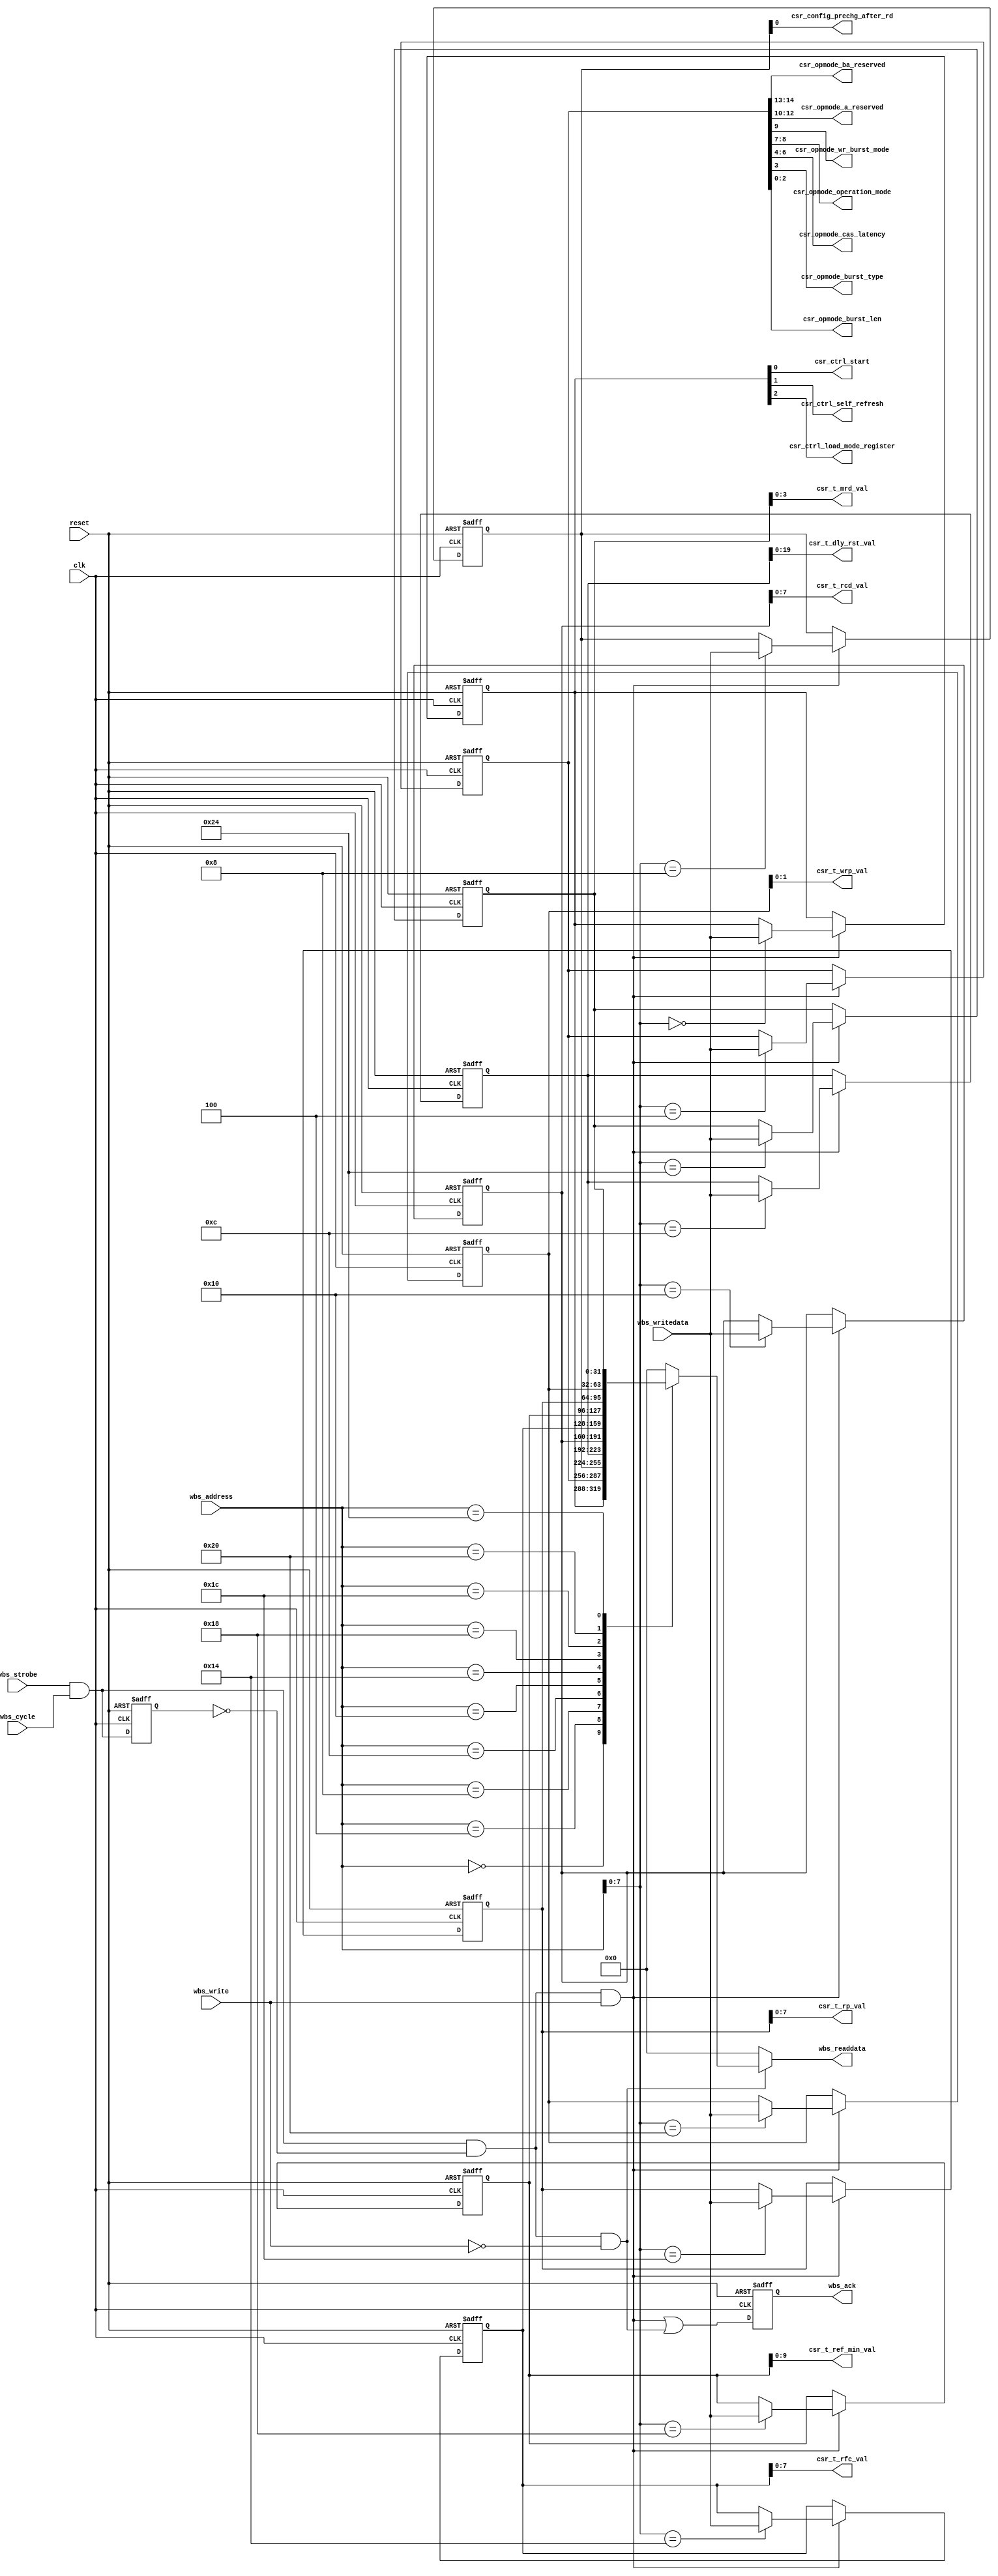
module sdram_csr#(parameter AW = 16)
(
    input                 clk           ,
    input                 reset         ,
                          
    input  [AW-1:0]       wbs_address   ,
    input  [31:0]         wbs_writedata ,
    output reg [31:0]     wbs_readdata  ,
    input                 wbs_strobe    ,
    input                 wbs_cycle     ,
    input                 wbs_write     ,
    output reg            wbs_ack       ,

    // CSR
    output [0:0] csr_ctrl_start,
    output [0:0] csr_ctrl_self_refresh,
    output [0:0] csr_ctrl_load_mode_register ,
    output [1:0] csr_opmode_ba_reserved,
    output [2:0] csr_opmode_a_reserved,
    output [0:0] csr_opmode_wr_burst_mode,
    output [1:0] csr_opmode_operation_mode,
    output [2:0] csr_opmode_cas_latency,
    output [0:0] csr_opmode_burst_type,
    output [2:0] csr_opmode_burst_len,

    output [0:0] csr_config_prechg_after_rd,

    output [19:0] csr_t_dly_rst_val,
    output [ 7:0] csr_t_rcd_val,
    output [ 7:0] csr_t_rfc_val,
    output [ 9:0] csr_t_ref_min_val,
    output [ 7:0] csr_t_rp_val,
    output [ 1:0] csr_t_wrp_val,
    output [ 3:0] csr_t_mrd_val
);

    // Wishbone
    wire wb_trans = wbs_strobe & wbs_cycle;
    reg  wb_trans_dly;
    wire wb_read  = wb_trans & ~wb_trans_dly & ~wbs_write;
    wire wb_write = wb_trans & ~wb_trans_dly & wbs_write;

    always @(posedge clk or posedge reset) begin
        if (reset) begin 
            wbs_ack      <= 1'h0;
            wb_trans_dly <= 1'h0;
        end else begin
            wbs_ack      <= wb_write | wb_read;
            wb_trans_dly <= wb_trans;
        end
    end

    // CSR
    reg [31:0] csr_ctrl;
    reg [31:0] csr_opmode;
    reg [31:0] csr_config;
    reg [31:0] csr_t_dly_rst;
    reg [31:0] csr_t_rcd;
    reg [31:0] csr_t_rfc;
    reg [31:0] csr_t_ref_min;
    reg [31:0] csr_t_rp;
    reg [31:0] csr_t_wrp;
    reg [31:0] csr_t_xsr;
    reg [31:0] csr_t_mrd;

    assign { csr_ctrl_load_mode_register[0:0]   ,
             csr_ctrl_self_refresh     [0:0]    ,
             csr_ctrl_start            [0:0]    } = csr_ctrl;
    assign { csr_opmode_ba_reserved    [1:0]    ,
             csr_opmode_a_reserved     [2:0]    ,
             csr_opmode_wr_burst_mode  [0:0]    ,
             csr_opmode_operation_mode [1:0]    ,
             csr_opmode_cas_latency    [2:0]    ,
             csr_opmode_burst_type     [0:0]    ,
             csr_opmode_burst_len      [2:0]    } = csr_opmode;
    assign { csr_config_prechg_after_rd[0:0]    } = csr_config;


    assign { csr_t_dly_rst_val[19:0] } = csr_t_dly_rst[19:0];
    assign { csr_t_rcd_val    [ 7:0] } = csr_t_rcd    [ 7:0];
    assign { csr_t_rfc_val    [ 7:0] } = csr_t_rfc    [ 7:0];
    assign { csr_t_ref_min_val[ 9:0] } = csr_t_ref_min[ 9:0];
    assign { csr_t_rp_val     [ 7:0] } = csr_t_rp     [ 7:0];
    assign { csr_t_wrp_val    [ 1:0] } = csr_t_wrp    [ 1:0];
    assign { csr_t_mrd_val    [ 3:0] } = csr_t_mrd    [ 3:0];

    always @(posedge clk or posedge reset) begin
        if (reset) begin 
            csr_ctrl      <= 32'h0;
            csr_opmode    <= {19'h0, 3'b000, 1'b1, 2'b00, 3'b011, 1'b0, 3'b0};
            csr_config    <= 32'h0;

            csr_t_dly_rst <= T_DLY_RST;
            csr_t_rcd     <= T_RCD;
            csr_t_rfc     <= T_RFC;
            csr_t_ref_min <= T_REF_MIN;
            csr_t_rp      <= T_RP;
            csr_t_wrp     <= T_WRP;
            csr_t_mrd     <= T_MRD;
        end
        else if (wb_write) begin
            case (wbs_address[7:0])
                8'h00: csr_ctrl      <= wbs_writedata;
                8'h04: csr_opmode    <= wbs_writedata;
                8'h08: csr_config    <= wbs_writedata;
                8'h0c: csr_t_dly_rst <= wbs_writedata;
                8'h10: csr_t_rcd     <= wbs_writedata;
                8'h14: csr_t_rfc     <= wbs_writedata;
                8'h18: csr_t_ref_min <= wbs_writedata;
                8'h1c: csr_t_rp      <= wbs_writedata;
                8'h20: csr_t_wrp     <= wbs_writedata;
                8'h24: csr_t_mrd     <= wbs_writedata;
            endcase
        end
    end

    always @(*) begin
        wbs_readdata = 32'h0;
        if (wb_read) begin
            case (wbs_address)
                'h00: wbs_readdata = csr_ctrl  ;
                'h04: wbs_readdata = csr_opmode;
                'h08: wbs_readdata = csr_config;
                'h0c: wbs_readdata = csr_t_dly_rst ;
                'h10: wbs_readdata = csr_t_rcd     ;
                'h14: wbs_readdata = csr_t_rfc     ;
                'h18: wbs_readdata = csr_t_ref_min ;
                'h1c: wbs_readdata = csr_t_rp      ;
                'h20: wbs_readdata = csr_t_wrp     ;
                'h24: wbs_readdata = csr_t_mrd     ;
            endcase
        end
    end

    localparam TCLK  = 10000; // Clock period in ps


    function integer ceil_div;
        input integer val1;
        input integer val2;
        ceil_div = val1/val2 + ((val1 % val2 != 0) ? 1 : 0);
    endfunction


    function integer ns2ck_min;
        input integer value;
        begin
            //ns2ck_min = $ceil(value/TCLK);
            ns2ck_min = ceil_div(value, TCLK);
        end
    endfunction

    function integer ns2ck_max;
        input integer value;
        begin
            //ns2ck_max = $floor(value/TCLK);
            ns2ck_max = (value/TCLK);
        end
    endfunction

    function integer max;
        input integer val1;
        input integer val2;
        begin
            max = (val1 > val2) ? val1 : val2;
        end
    endfunction

    function integer ns2ck_min_bounded;
        input integer value;
        input integer min_val;
        begin
            //cl = $ceil(value/TCLK);
            ns2ck_min_bounded = max(ceil_div(value, TCLK), min_val);
        end
    endfunction

    localparam T_DLY_RST = ns2ck_min(100_000_000); // 100us delay prior issuing any command other than NOP or INHIBIT
    localparam T_AC      = ns2ck_max( 5400); // Access time from CLK (positive edge) CL = 2  
    localparam T_AH      = ns2ck_min(  800); // Address hold time
    localparam T_AS      = ns2ck_min( 1500); // Address setup time
    localparam T_CH      = ns2ck_min( 2500); // CLK high-level width
    localparam T_CK      = ns2ck_min( 7500); // 7.5ns for CL=2 // Clock cycle time CL = 2
    localparam T_CKH     = ns2ck_min(  800); // CKE hold time
    localparam T_CKS     = ns2ck_min( 1500); // CKE setup time
    localparam T_CMH     = ns2ck_min(  800); // CS#, RAS#, CAS#, WE#, DQM hold time
    localparam T_CMS     = ns2ck_min( 1500); // CS#, RAS#, CAS#, WE#, DQM setup time
    localparam T_DH      = ns2ck_min(  800); // Data-in hold time
    localparam T_DS      = ns2ck_min( 1500); // Data-in setup time
    localparam T_HZ      = ns2ck_max( 5400); // Data-out High-Z time CL = 2
    localparam T_LZ      = ns2ck_min( 1000); // Data-out Low-Z time
    localparam T_OH      = ns2ck_min( 3000); // Data-out hold time (load)
    localparam T_OHN     = ns2ck_min( 1800); // Data-out hold time (no load)
    localparam T_RASMIN  = ns2ck_min(37000); // ACTIVE-to-PRECHARGE command
    localparam T_RASMAX  = ns2ck_max(120_000_000); // ACTIVE-to-PRECHARGE command
    localparam T_RC      = ns2ck_min( 60000); // ACTIVE-to-ACTIVE command period
    localparam T_RCD     = ns2ck_min( 15000); // ACTIVE-to-READ or WRITE delay
    localparam T_RFC     = ns2ck_min( 66000); // AUTO REFRESH period
    localparam T_REF_MIN = ns2ck_min( 7_813_000); // AUTO REFRESH min period
    localparam T_RP      = ns2ck_min( 15000); // PRECHARGE command period
    localparam T_RRD     = ns2ck_min( 14000); // ACTIVE bank a to ACTIVE bank b command
  //localparam T_T       = ns2ck_min_max( 300, 1200); // Transition time
    //localparam T_WRAP    = ns2ck_min( 7000) + 1; // WRITE recovery time
    localparam T_WRP     = ns2ck_min( 14000); // WRITE recovery time
    localparam T_XSR     = ns2ck_min_bounded(67000, 2); // Exit SELF REFRESH-to-ACTIVE command 

    localparam T_BDL     = 1; // Last data-in to burst STOP command  
    localparam T_CCD     = 1; // READ/WRITE command to READ/WRITE command  
    localparam T_CDL     = 1; // Last data-in to new READ/WRITE command  
    localparam T_CKED    = 1; // CKE to clock disable or power-down entry 1
    localparam T_DAL     = 4; // Data-in to ACTIVE command  
    localparam T_DPL     = 2; // Data-in to PRECHARGE command  
    localparam T_DQD     = 0; // DQM to input data delay  
    localparam T_DQM     = 0; // DQM to data mask during WRITEs  
    localparam T_DQZ     = 2; // DQM to data High-Z during READs  
    localparam T_DWD     = 0; // WRITE command to input data delay  
    localparam T_MRD     = 2; // LOAD MODE REGISTER command to ACTIVE or REFRESH command  
    localparam T_PED     = 1; // CKE to clock enable or power-down exit setup mode  
    localparam T_RDL     = 2; // Last data-in to PRECHARGE command  
    localparam T_ROH     = 2; // Data-out High-Z from PRECHARGE command CL = 2  

endmodule